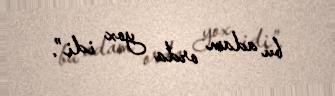
bu adam orda yox idi”.